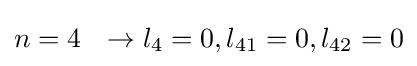
n=4\ \ \rightarrow l_{4}=0,l_{41}=0,l_{42}=0